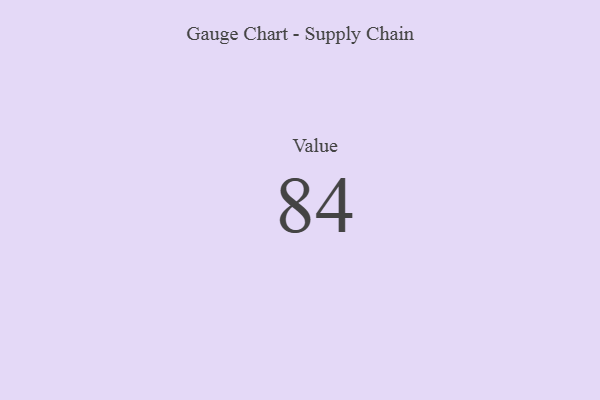
{"axis": {"x": "Metric", "y": "Value"}, "legend": [""], "data": [{"x": "Value", "y": 84, "type": ""}]}